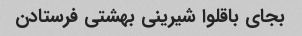
بجای باقلوا شیرینی بهشتی فرستادن